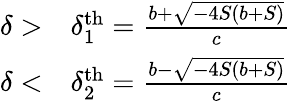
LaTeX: \begin{array}{rl}{\delta>}&{{}\delta_{1}^{\textrm{th}}=\frac{b+\sqrt{-4S(b+S)}}{c}}\\ {\delta<}&{{}\delta_{2}^{\textrm{th}}=\frac{b-\sqrt{-4S(b+S)}}{c}}\end{array}